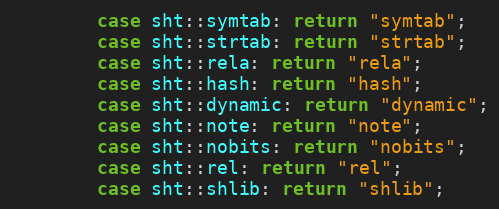
Language: C++
        case sht::symtab: return "symtab";
        case sht::strtab: return "strtab";
        case sht::rela: return "rela";
        case sht::hash: return "hash";
        case sht::dynamic: return "dynamic";
        case sht::note: return "note";
        case sht::nobits: return "nobits";
        case sht::rel: return "rel";
        case sht::shlib: return "shlib";